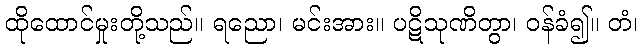
ထိုထောင်မှုးတို့သည်။ ရညော၊ မင်းအား။ ပဋိသုဏိတွာ၊ ဝန်ခံ၍။ တံ၊